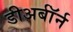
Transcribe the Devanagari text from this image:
डीअर्बॉर्न